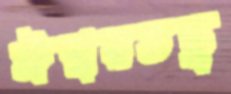
ঈশ্বরতত্ত্ব